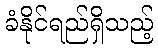
ခံနိုင်ရည်ရှိသည့်